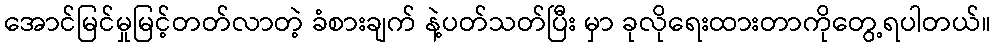
အောင်မြင်မှုမြင့်တတ်လာတဲ့ ခံစားချက် နဲ့ပတ်သတ်ပြီး မှာ ခုလိုရေးထားတာကိုတွေ့ရပါတယ်။